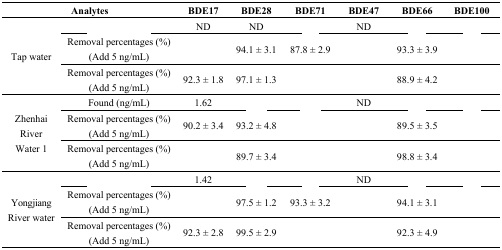
<table><thead><tr><td colspan="2"><b>Analytes</b></td><td><b>BDE17</b></td><td><b>BDE28</b></td><td><b>BDE71</b></td><td><b>BDE47</b></td><td><b>BDE66</b></td><td><b>BDE100</b></td></tr></thead><tbody><tr><td rowspan="3">Tap water</td><td>[EMPTY_CELL]</td><td>ND</td><td>ND</td><td>[EMPTY_CELL]</td><td>ND</td><td>[EMPTY_CELL]</td><td>[EMPTY_CELL]</td></tr><tr><td>Removal percentages (%) (Add 5 ng/mL)</td><td>[EMPTY_CELL]</td><td>94.1 ± 3.1</td><td>87.8 ± 2.9</td><td>[EMPTY_CELL]</td><td>93.3 ± 3.9</td><td>[EMPTY_CELL]</td></tr><tr><td>Removal percentages (%) (Add 5 ng/mL)</td><td>92.3 ± 1.8</td><td>97.1 ± 1.3</td><td>[EMPTY_CELL]</td><td>[EMPTY_CELL]</td><td>88.9 ± 4.2</td><td>[EMPTY_CELL]</td></tr><tr><td rowspan="3">Zhenhai River Water 1</td><td>Found (ng/mL)</td><td>1.62</td><td>[EMPTY_CELL]</td><td>[EMPTY_CELL]</td><td>ND</td><td>[EMPTY_CELL]</td><td>[EMPTY_CELL]</td></tr><tr><td>Removal percentages (%) (Add 5 ng/mL)</td><td>90.2 ± 3.4</td><td>93.2 ± 4.8</td><td>[EMPTY_CELL]</td><td>[EMPTY_CELL]</td><td>89.5 ± 3.5</td><td>[EMPTY_CELL]</td></tr><tr><td>Removal percentages (%) (Add 5 ng/mL)</td><td>[EMPTY_CELL]</td><td>89.7 ± 3.4</td><td>[EMPTY_CELL]</td><td>[EMPTY_CELL]</td><td>98.8 ± 3.4</td><td>[EMPTY_CELL]</td></tr><tr><td rowspan="3">Yongjiang River water</td><td>[EMPTY_CELL]</td><td>1.42</td><td>[EMPTY_CELL]</td><td>[EMPTY_CELL]</td><td>ND</td><td>[EMPTY_CELL]</td><td>[EMPTY_CELL]</td></tr><tr><td>Removal percentages (%) (Add 5 ng/mL)</td><td>[EMPTY_CELL]</td><td>97.5 ± 1.2</td><td>93.3 ± 3.2</td><td>[EMPTY_CELL]</td><td>94.1 ± 3.1</td><td>[EMPTY_CELL]</td></tr><tr><td>Removal percentages (%) (Add 5 ng/mL)</td><td>92.3 ± 2.8</td><td>99.5 ± 2.9</td><td>[EMPTY_CELL]</td><td>[EMPTY_CELL]</td><td>92.3 ± 4.9</td><td>[EMPTY_CELL]</td></tr></tbody></table>